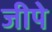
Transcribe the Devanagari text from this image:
जीपे